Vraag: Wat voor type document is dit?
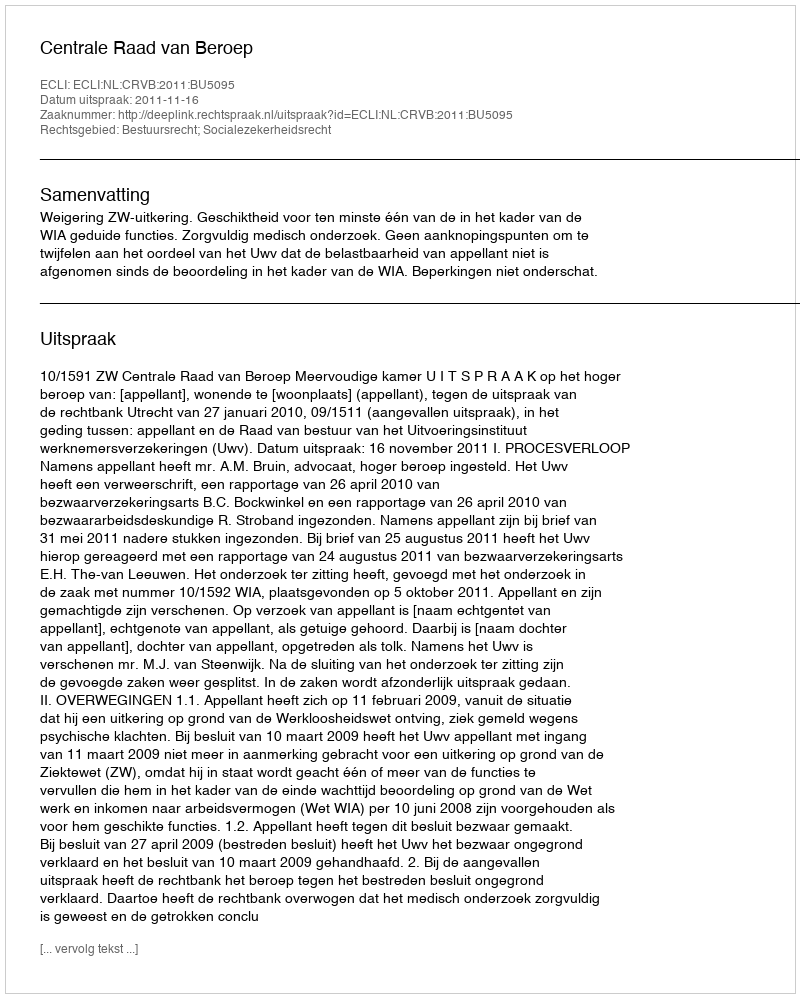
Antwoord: Uitspraak